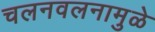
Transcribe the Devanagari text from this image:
चलनवलनामुळे